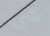
شيء